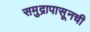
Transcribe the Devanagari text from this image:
समुद्रापासूनची